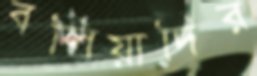
বলিয়াদির